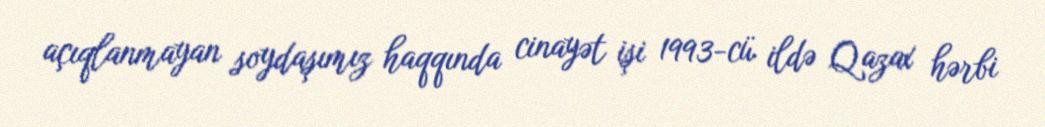
açıqlanmayan soydaşımız haqqında cinayət işi 1993-cü ildə Qazax hərbi